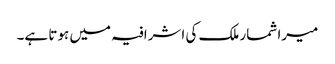
میرا شمار ملک کی اشرافیہ میں ہوتا ہے۔